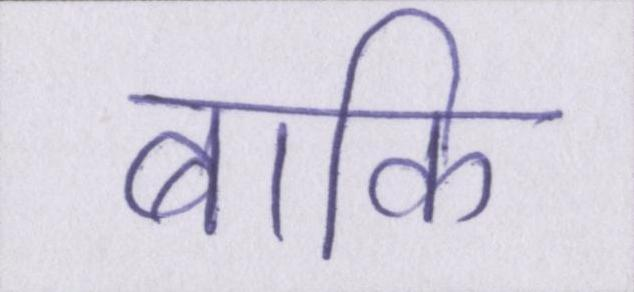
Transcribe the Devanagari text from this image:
बाकि